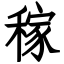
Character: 稼